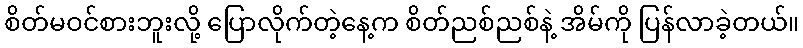
စိတ်မဝင်စားဘူးလို့ ပြောလိုက်တဲ့နေ့က စိတ်ညစ်ညစ်နဲ့ အိမ်ကို ပြန်လာခဲ့တယ်။